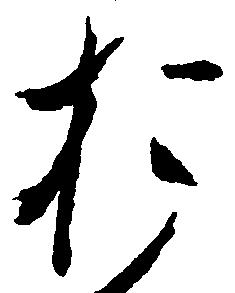
お